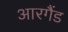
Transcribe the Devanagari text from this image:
आरगैंड